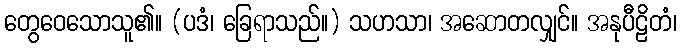
တွေဝေသောသူ၏။ (ပဒံ၊ ခြေရာသည်။) သဟသာ၊ အဆောတလျှင်။ အနုပီဠိတံ၊